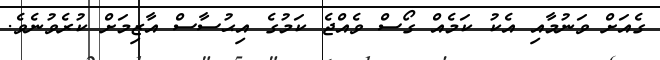
ގެއަށް ވަނުމާއި އެކު ކަމެއް ގޯސް ވެއްޖެ ކަމުގެ އިޙުސާސް އާޒިމަށް ކުރެވުނެވެ.